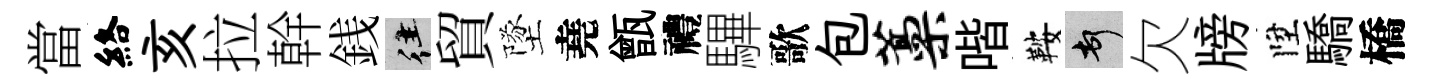
當絡亥拉幹銭往貿墜堯甑禮驆歌包藁喈鞍頓欠牓陞驕橋